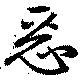
惡